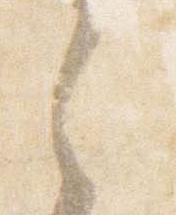
之